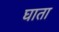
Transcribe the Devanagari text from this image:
घाता